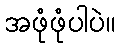
အဖုံဖုံပါပဲ။